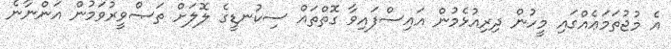
އެ މުޖުތަމަޢެއްގައި މީހުން ދިރިއުޅެމުން އައިސްފައިވާ ގޮތްތައް ސިކުނޑީގެ ލޮލަށް ތަޞްވީރުވަމުން އަންނާނެ